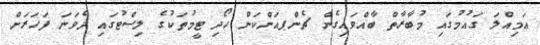
އަމިއްލަ ގައުމުގައި މުބާރާތް ބާއްވައިގެން ޗެންޕއަންކަން ހޯދި ޓީމުތަކުގެ ލިސްޓުގައި ދެވަނަ ފަހަރަށް